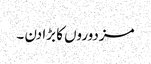
مزدوروں کا بڑا دن ۔